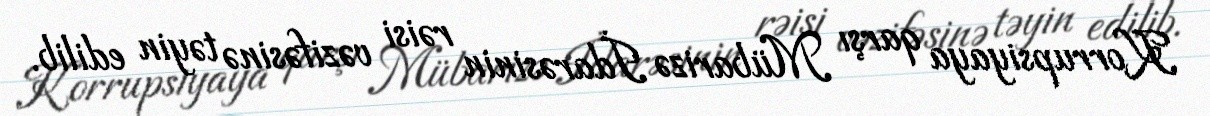
Korrupsiyaya qarşı Mübarizə İdarəsinin rəisi vəzifəsinə təyin edilib.